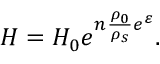
H = H _ { 0 } e ^ { n \frac { \rho _ { 0 } } { \rho _ { s } } e ^ { \varepsilon } } .